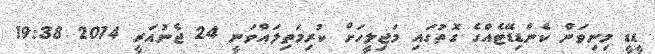
ޑީޑީ މިނިވަން ކެންޑިޑޭޓެއްގެ ގޮތުގައި މަޖިލީހަށް ކުރިމަތިލައްވަނީ 24 ޖެނުއަރީ 2014 19:38